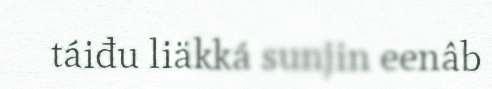
táiđu liäkká sunjin eenâb